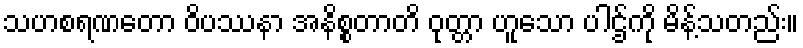
သဟစရဏတော ဝိပဿနာ အနိစ္စတာတိ ဝုတ္တာ ဟူသော ပါဌ်ကို မိန့်သတည်း။